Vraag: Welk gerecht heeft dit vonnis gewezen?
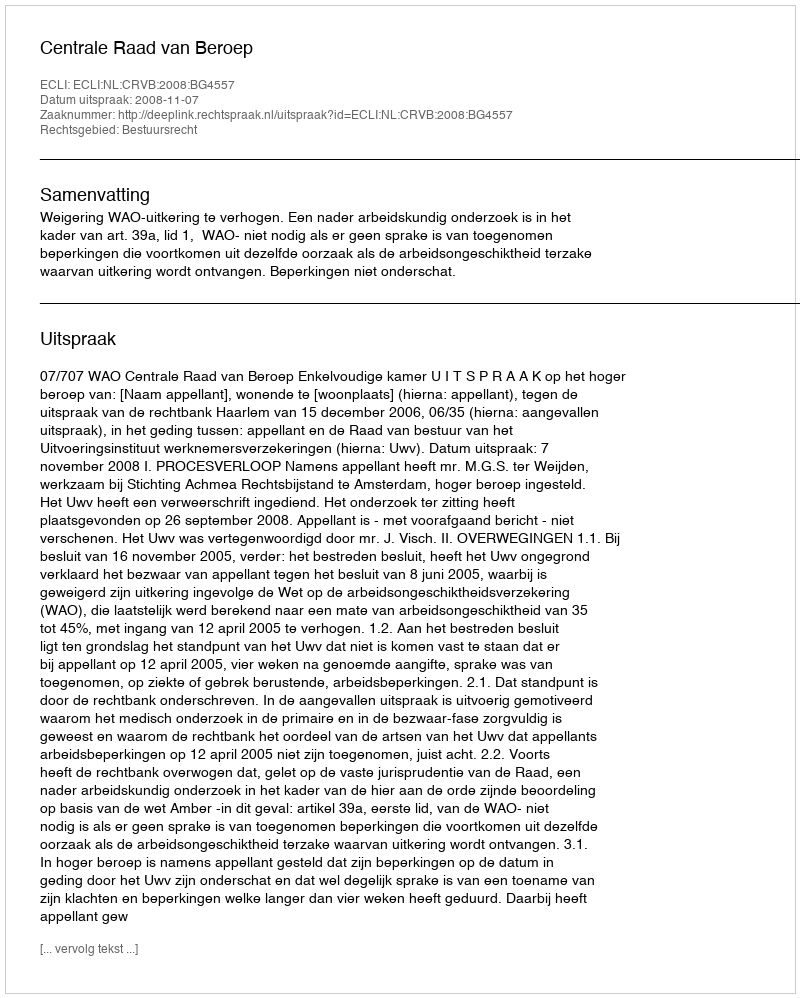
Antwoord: Centrale Raad van Beroep